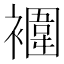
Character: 䙟